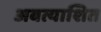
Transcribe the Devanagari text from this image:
अबत्याशित